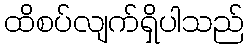
ထိစပ်လျက်ရှိပါသည်